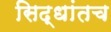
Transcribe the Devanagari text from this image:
सिद्धांतच